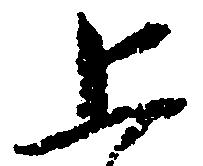
上